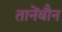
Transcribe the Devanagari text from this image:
तानेंबौन